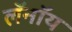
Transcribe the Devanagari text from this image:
लॅनॉय